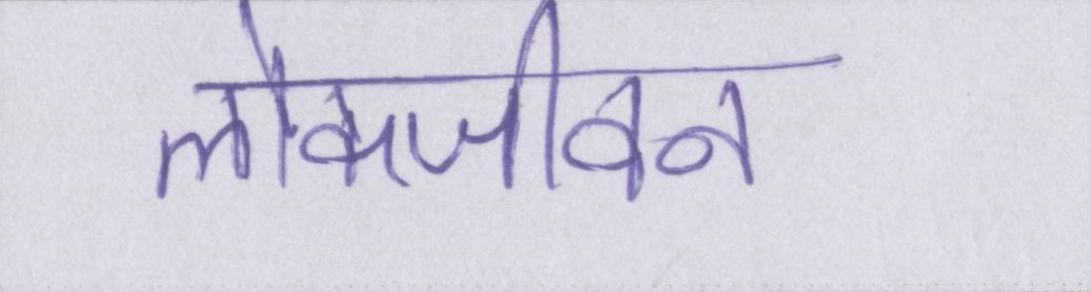
लोकजीवन